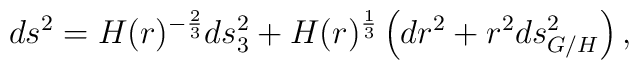
ds^2=H(r)^{-\frac{2}{3}}ds_3^2+H(r)^{\frac{1}{3}}\left(dr^2+r^2ds_{G/H}^2\right),